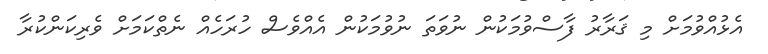
އެޅުއްވުމަށް މި ޤަރާރު ފާސްވުމަކުން ނުވަތަ ނުވުމަކުން އެއްވެސް ހުރަހެއް ނެތްކަމަށް ވެރިކަންކުރާ